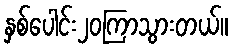
နှစ်ပေါင်း၂၀ကြာသွားတယ်။